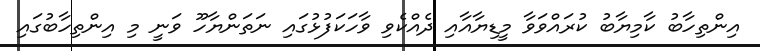
އިންތިހާބު ކާމިޔާބު ކުރައްވަވާ މީޑިޔާއާއި ދެއްކެވި ވާހަކަފުޅުގައި ނަތަންޔާހޫ ވަނީ މި އިންތިހާބުގައި